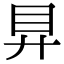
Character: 𥃲